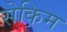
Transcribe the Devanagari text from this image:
सेकिम